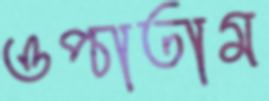
ওপ্‌চাতাম